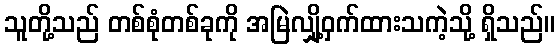
သူတို့သည် တစ်စုံတစ်ခုကို အမြဲလျှို့ဝှက်ထားသကဲ့သို့ ရှိသည်။